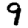
Digit: 9